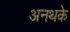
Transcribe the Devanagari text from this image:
अनथके